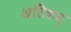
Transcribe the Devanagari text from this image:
अतिशय्